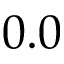
0 . 0